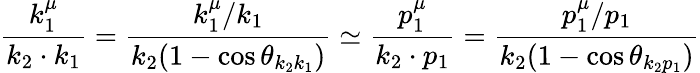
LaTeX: \frac{k_{1}^{\mu}}{k_{2}\cdot k_{1}}=\frac{k_{1}^{\mu}/k_{1}}{k_{2}(1-\cos\theta_{k_{2}k_{1}})}\simeq\frac{p_{1}^{\mu}}{k_{2}\cdot p_{1}}=\frac{p_{1}^{\mu}/p_{1}}{k_{2}(1-\cos\theta_{k_{2}p_{1}})}